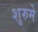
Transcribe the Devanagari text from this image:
शुरुमे